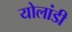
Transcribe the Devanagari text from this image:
योलांडी